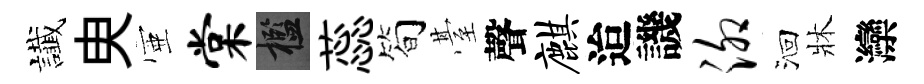
䜟㬰壺棠檻蕊简䑓聲麒迨譏泖洄牀灤